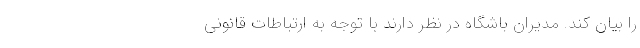
را بیان کند. مدیران باشگاه در نظر دارند با توجه به ارتباطات قانونی